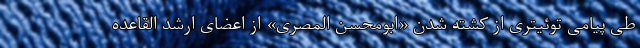
طی پیامی توئیتری از کشته شدن «ابومحسن المصری» از اعضای ارشد القاعده